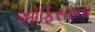
ઓફિસરના